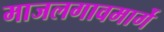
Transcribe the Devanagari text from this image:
माजलगावमार्गे